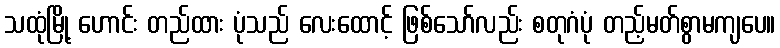
သထုံမြို့ ဟောင်း တည်ထား ပုံသည် လေးထောင့် ဖြစ်သော်လည်း စတုဂံပုံ တည့်မတ်စွာမကျပေ။